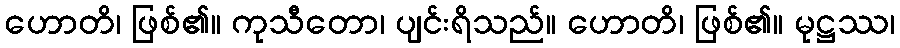
ဟောတိ၊ ဖြစ်၏။ ကုသီတော၊ ပျင်းရိသည်။ ဟောတိ၊ ဖြစ်၏။ မုဋ္ဌဿ၊